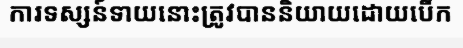
ការទស្សន៍ទាយនោះត្រូវបាននិយាយដោយបើក